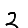
Digit: 2